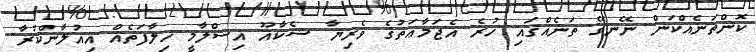
ކޮންތަނެއްކަން ނޭނގޭ ތަނެއްގައި ހުރެ އެޖަމާޢަތުގެ ވެރިޔާ ޝެކާއޫ އިސްލާމީ ޚިލާފަތެއް އިއުލާންކުރާ